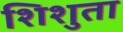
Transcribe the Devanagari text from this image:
शिशुता